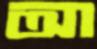
আ